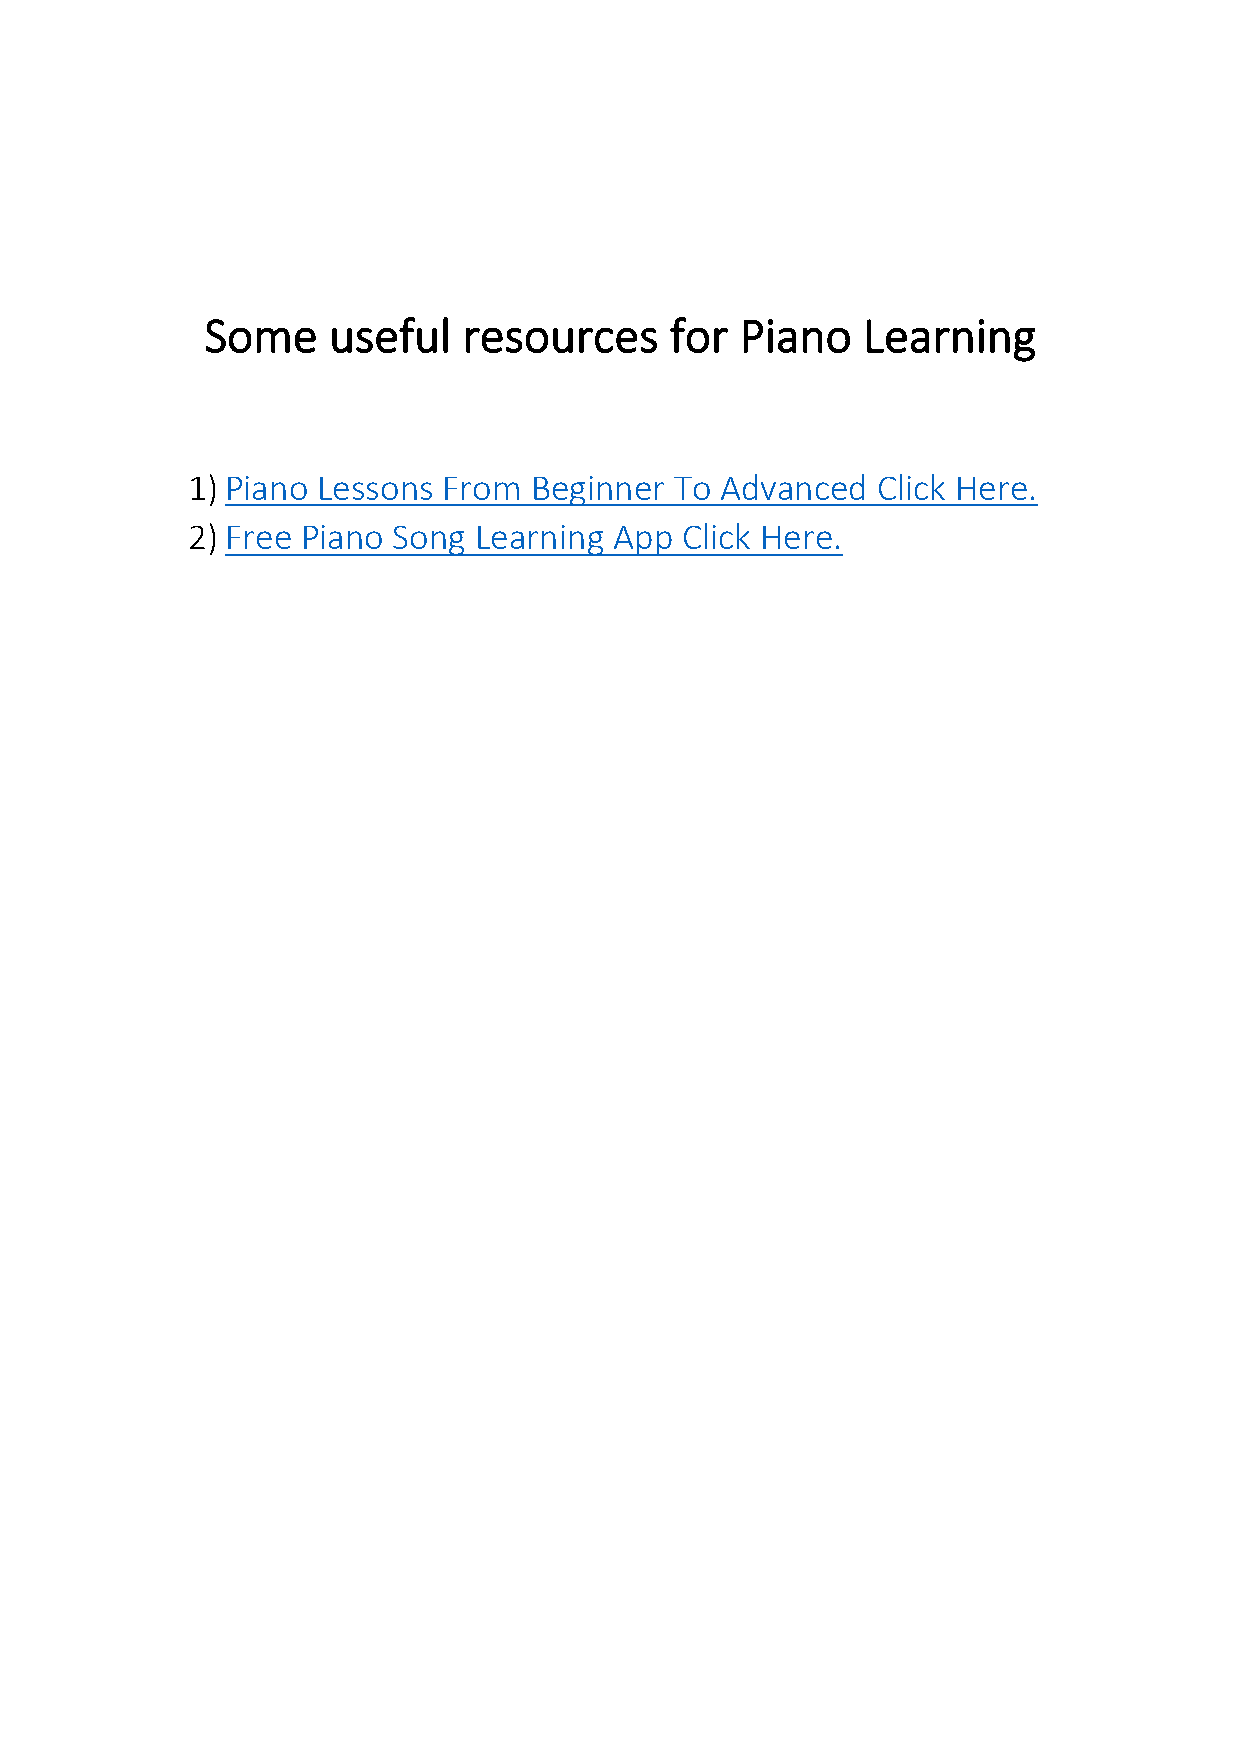
Some    useful   resources    for  Piano   Learning
 1) Piano Lessons From  Beginner  To Advanced  Click Here.
 2) Free Piano Song Learning  App Click Here.